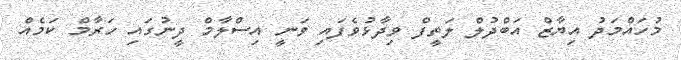
މުހައްމަދު އިޔާޒް އަބްދުލް ލަތީފް ވިދާޅުވެފައި ވަނީ އިސްލާމް ދީނުގައި ހަރާމް ކަމެއް